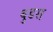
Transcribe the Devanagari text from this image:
वुडस